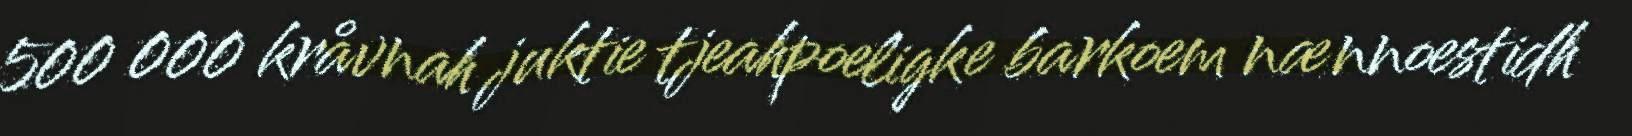
500 000 kråvnah juktie tjeahpoeligke barkoem nænnoestidh